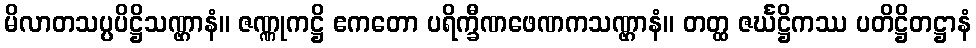
မိလာတသပ္ပပိဋ္ဌိသဏ္ဌာနံ။ ဇဏ္ဏုကဋ္ဌိ ဧကတော ပရိက္ခီဏဖေဏကသဏ္ဌာနံ။ တတ္ထ ဇင်္ဃဋ္ဌိကဿ ပတိဋ္ဌိတဋ္ဌာနံ